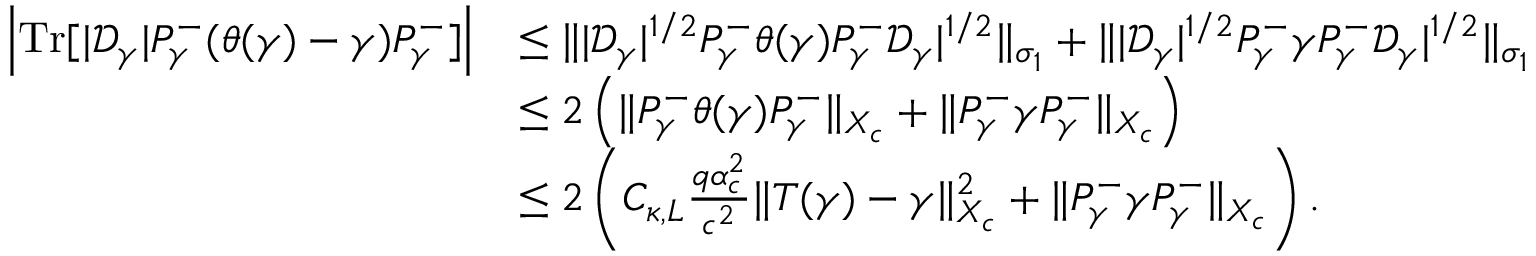
\begin{array} { r l } { \left| { \mathrm { T r } } [ | \mathcal D _ { \gamma } | P _ { \gamma } ^ { - } ( \theta ( \gamma ) - \gamma ) P _ { \gamma } ^ { - } ] \right| } & { \leq \| | \mathcal D _ { \gamma } | ^ { 1 / 2 } P _ { \gamma } ^ { - } \theta ( \gamma ) P _ { \gamma } ^ { - } \mathcal D _ { \gamma } | ^ { 1 / 2 } \| _ { \sigma _ { 1 } } + \| | \mathcal D _ { \gamma } | ^ { 1 / 2 } P _ { \gamma } ^ { - } \gamma P _ { \gamma } ^ { - } \mathcal D _ { \gamma } | ^ { 1 / 2 } \| _ { \sigma _ { 1 } } } \\ & { \leq 2 \left( \| P _ { \gamma } ^ { - } \theta ( \gamma ) P _ { \gamma } ^ { - } \| _ { X _ { c } } + \| P _ { \gamma } ^ { - } \gamma P _ { \gamma } ^ { - } \| _ { X _ { c } } \right) } \\ & { \leq 2 \left( C _ { \kappa , L } \frac { q \alpha _ { c } ^ { 2 } } { c ^ { 2 } } \| T ( \gamma ) - \gamma \| _ { X _ { c } } ^ { 2 } + \| P _ { \gamma } ^ { - } \gamma P _ { \gamma } ^ { - } \| _ { X _ { c } } \right) . } \end{array}